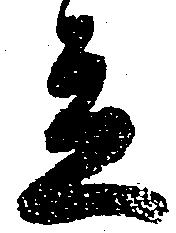
立